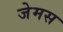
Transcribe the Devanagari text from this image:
जेमस